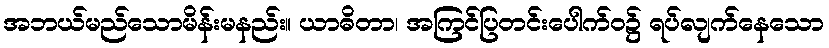
အဘယ်မည်သောမိန်းမနည်း။ ယာဓိတာ၊ အကြင်ပြတင်းပေါက်ဝ၌ ရပ်လျက်နေသော